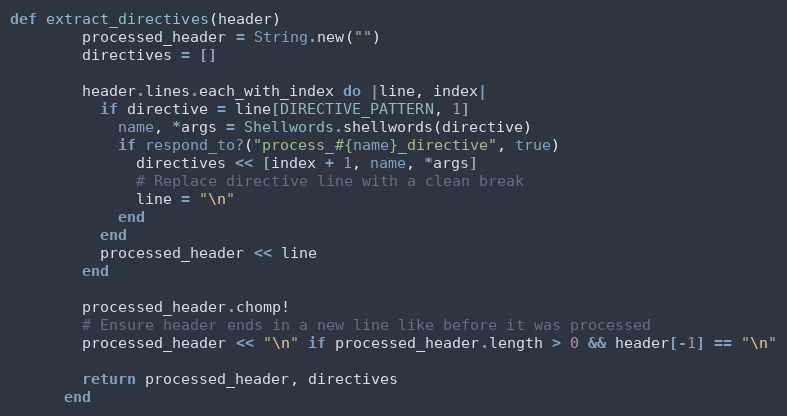
Language: Ruby
def extract_directives(header)
        processed_header = String.new("")
        directives = []

        header.lines.each_with_index do |line, index|
          if directive = line[DIRECTIVE_PATTERN, 1]
            name, *args = Shellwords.shellwords(directive)
            if respond_to?("process_#{name}_directive", true)
              directives << [index + 1, name, *args]
              # Replace directive line with a clean break
              line = "\n"
            end
          end
          processed_header << line
        end

        processed_header.chomp!
        # Ensure header ends in a new line like before it was processed
        processed_header << "\n" if processed_header.length > 0 && header[-1] == "\n"

        return processed_header, directives
      end